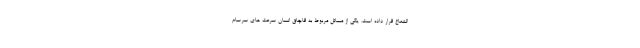
الشعاع قرار داده است. یکی از مسائل مربوط به قاچاق انسان سرعت های سرسام